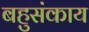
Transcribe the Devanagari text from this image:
बहुसंकाय